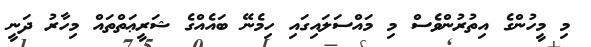
މި މީހުންގެ އިތުރުންވެސް މި މައްސަލައިގައި ހިމެނޭ ބައެއްގެ ޝަރީޢަތްތައް މިހާރު ދަނީ